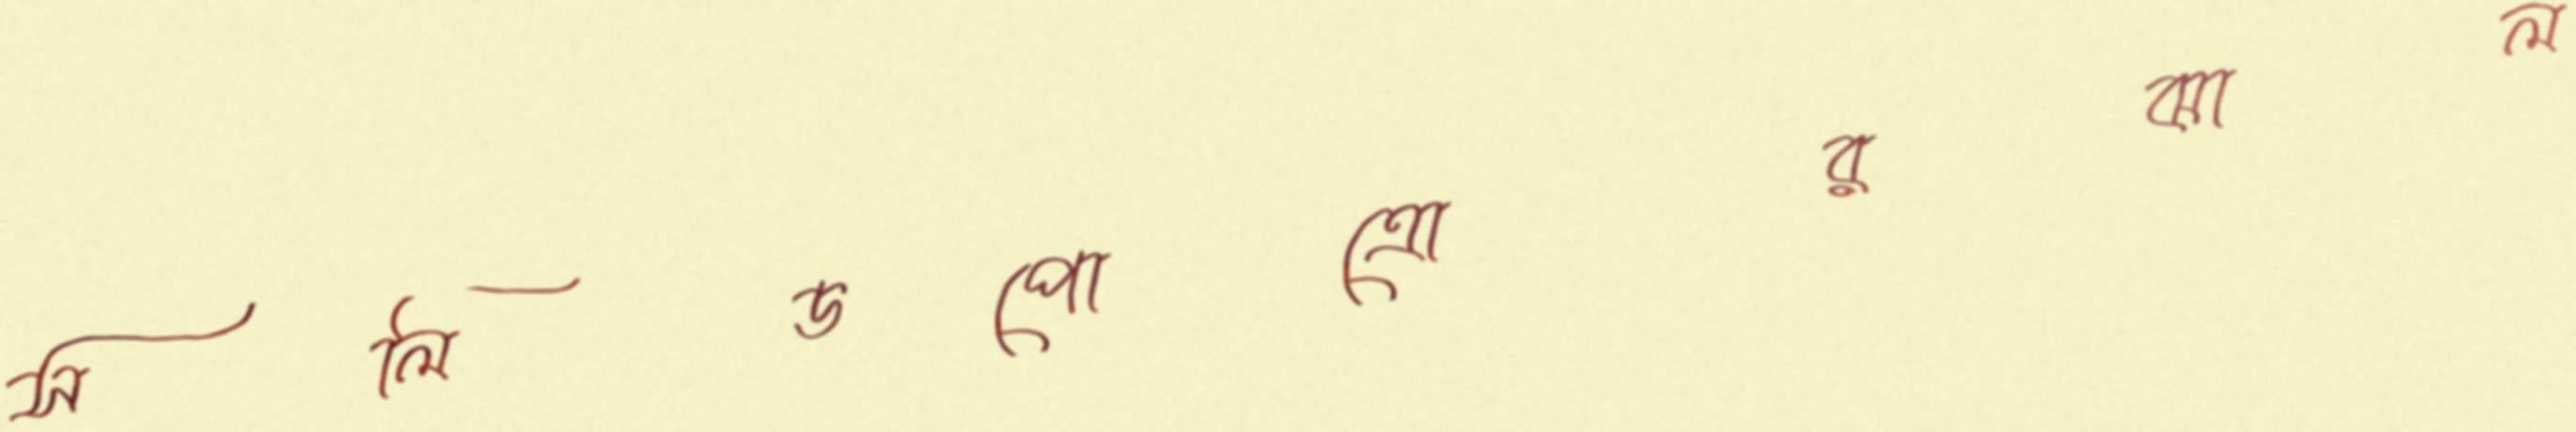
সলিডপোত্রোরঝাল